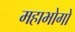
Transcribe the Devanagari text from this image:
महाभोगो